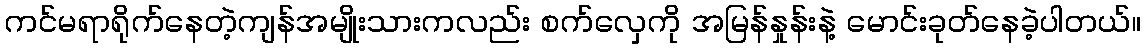
ကင်မရာရိုက်နေတဲ့ကျန်အမျိုးသားကလည်း စက်လှေကို အမြန်နှုန်းနဲ့ မောင်းခုတ်နေခဲ့ပါတယ်။